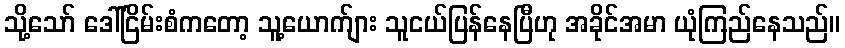
သို့သော် ဒေါ်ငြိမ်းစံကတော့ သူ့ယောက်ျား သူငယ်ပြန်နေပြီဟု အခိုင်အမာ ယုံကြည်နေသည်။